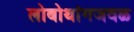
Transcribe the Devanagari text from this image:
लोबोथांगजवळ